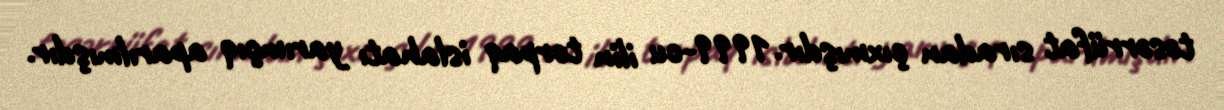
təsərrüfat sıradan çıxmışdır.1999-cu ilin torpaq islahatı yarımçıq aparılmışdır.